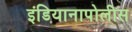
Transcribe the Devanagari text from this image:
इंडियानापोलीस